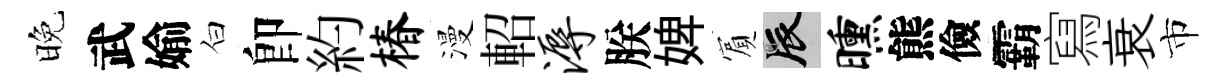
晚武媮白卽約椿漫軺溽朕婢賔辰曛熊儉霸寫衰市